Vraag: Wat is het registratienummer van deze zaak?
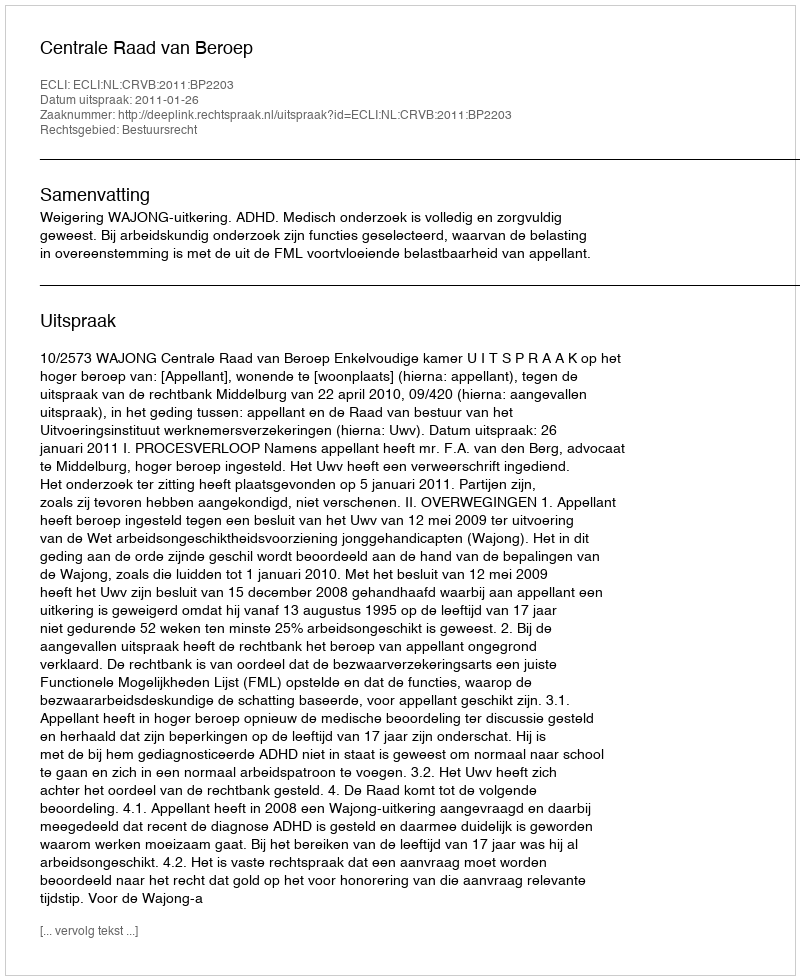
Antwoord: http://deeplink.rechtspraak.nl/uitspraak?id=ECLI:NL:CRVB:2011:BP2203